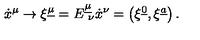
{ \dot { x } } ^ { \mu } \to \xi ^ { \underline { { \mu } } } = E _ { \ \nu } ^ { \underline { { \mu } } } { \dot { x } } ^ { \nu } = \left( \xi ^ { \underline { { 0 } } } , \xi ^ { \underline { { a } } } \right) .